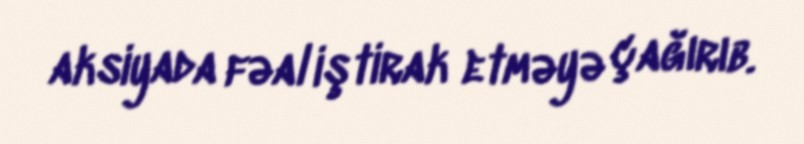
aksiyada fəal iştirak etməyə çağırıb.